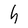
Character: h